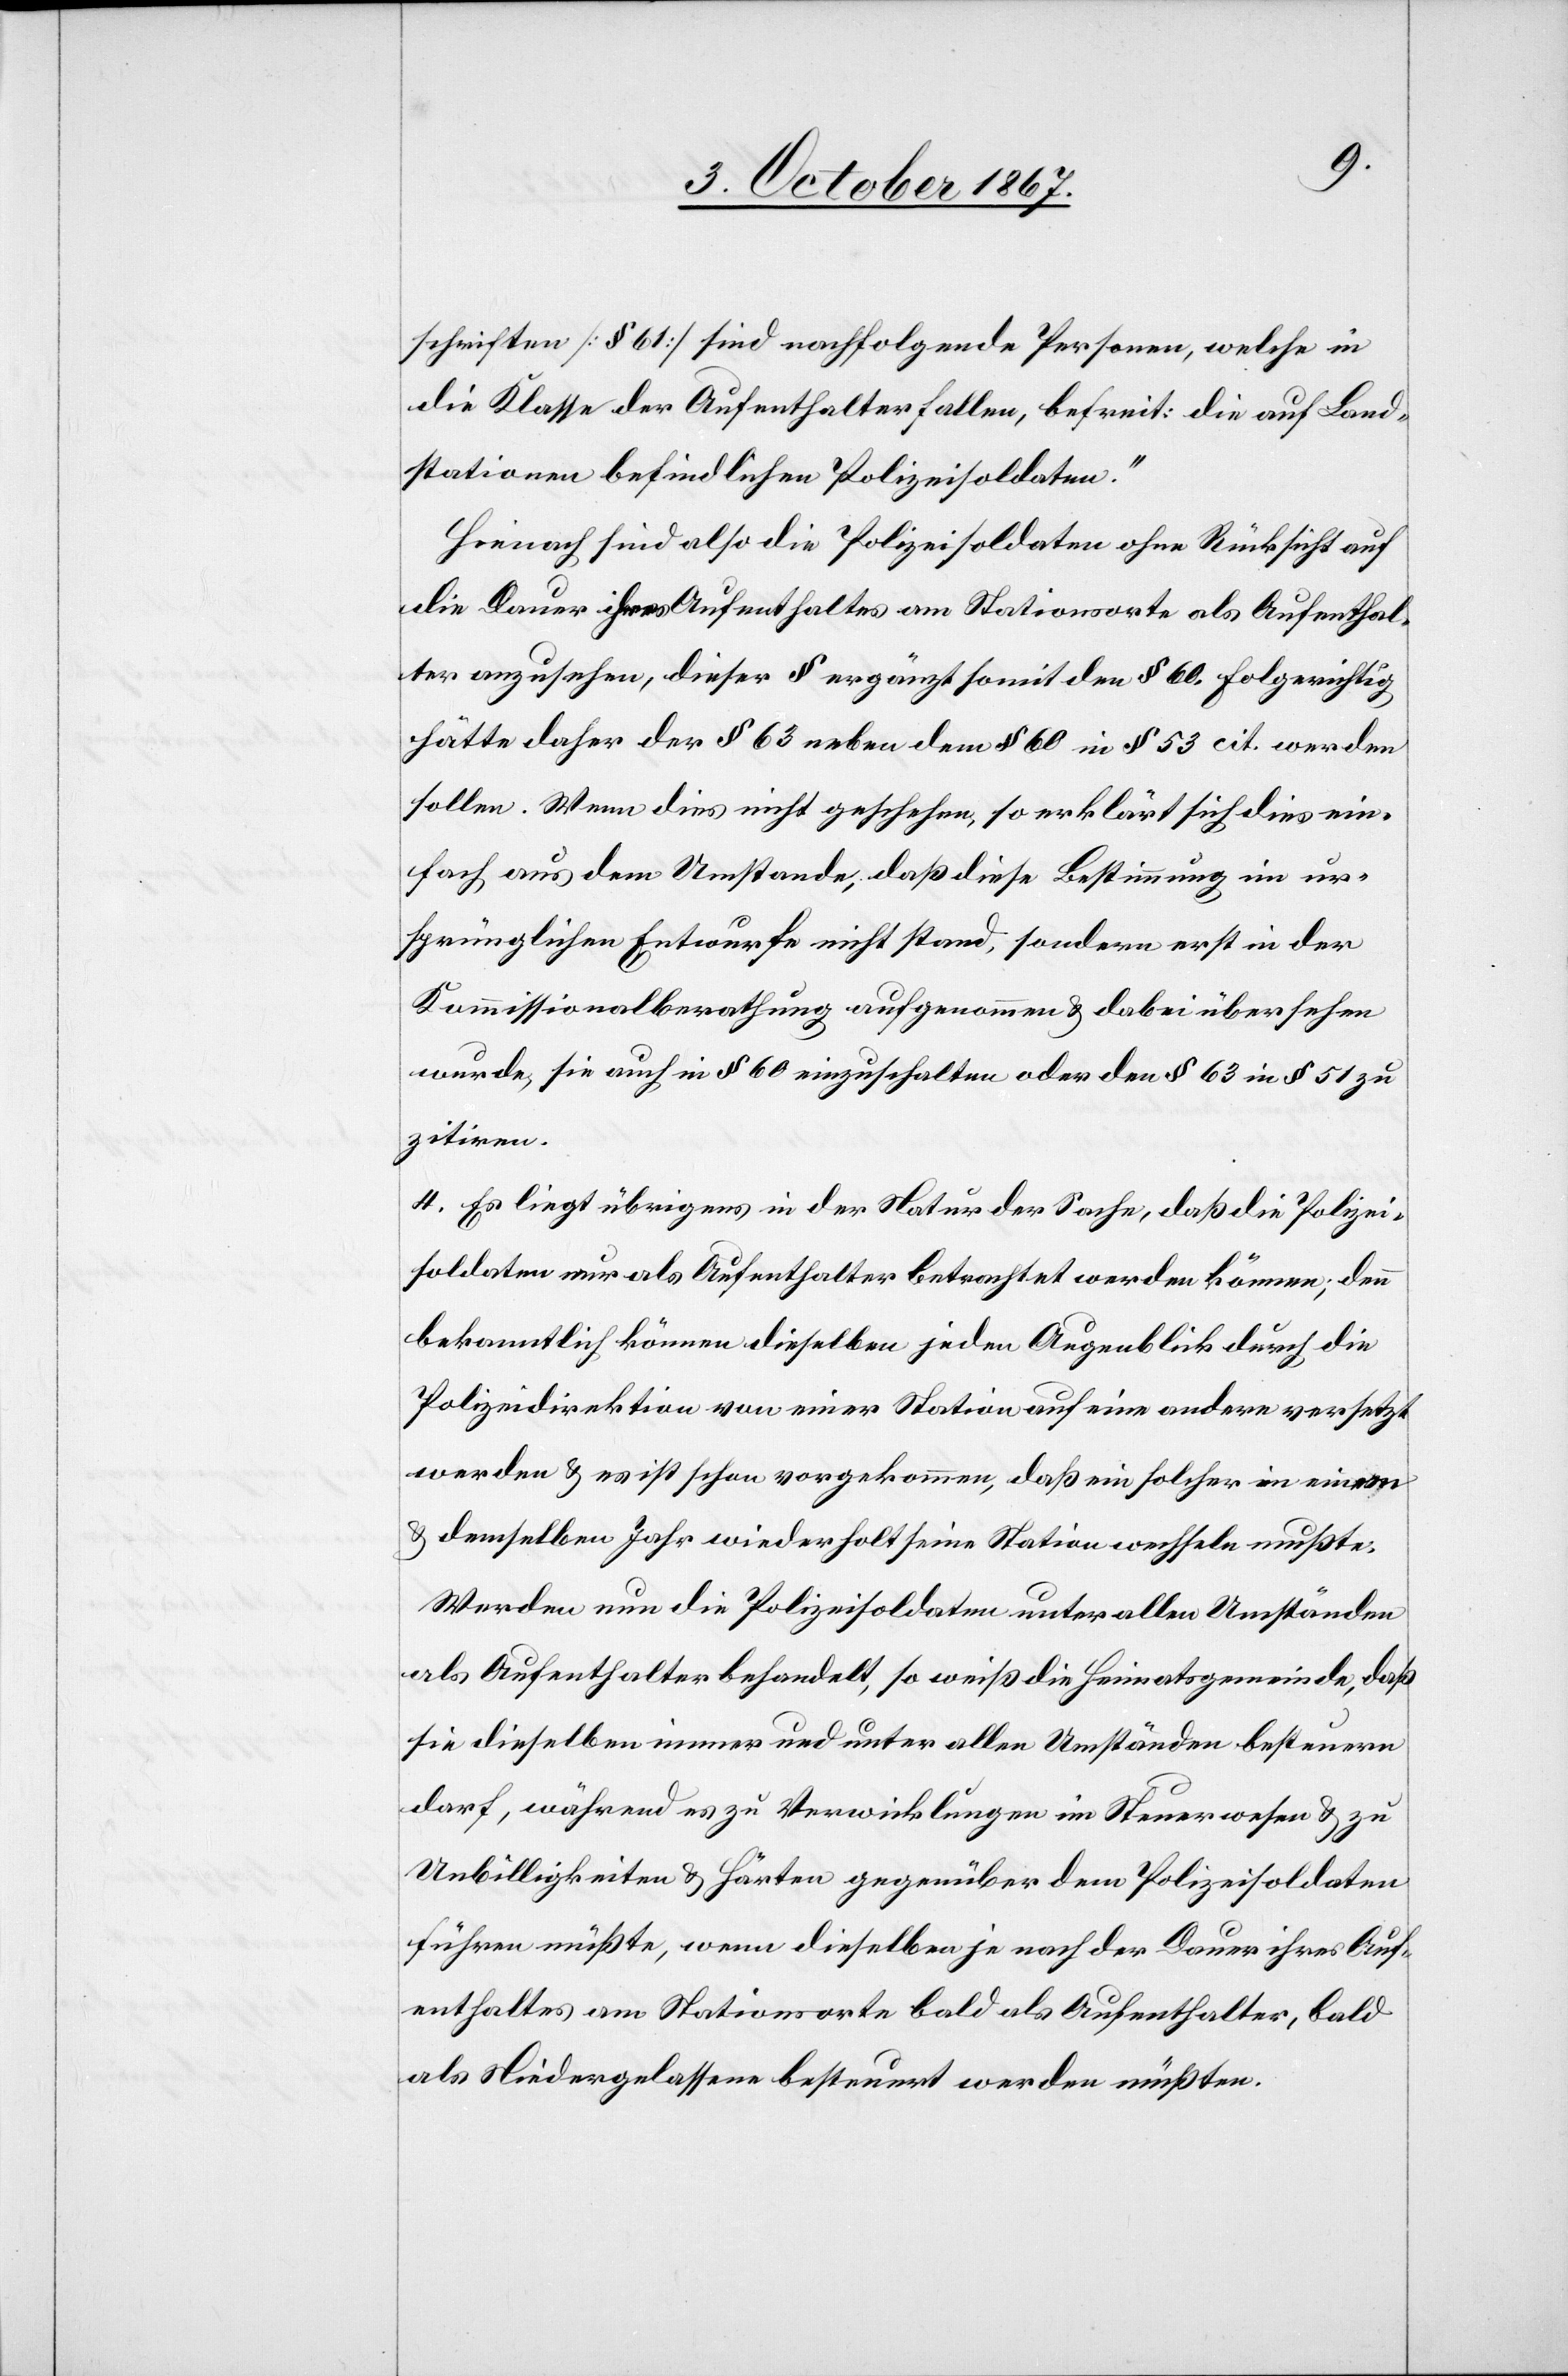
schriften [§ 61] sind nachfolgende Personen, welche in
die Klasse der Aufenthalter fallen, befreit: die auf Land¬
stationen befindlichen Polizeisoldaten.“
Hienach sind also die Polizeisoldaten ohne Rücksicht auf
die Dauer ihres Aufenthaltes am Stationsort als Aufenthal¬
ter anzusehen, dieser § ergänzt somit den § 60. Folgerichtig
hätte daher der § 63 neben dem § 60 in § 53 cit. werden
sollen. Wenn dies nicht geschehen, so erklärt sich dies ein¬
fach aus dem Umstande, daß diese Bestimmung im ur¬
sprünglichem Entwurfe nicht stand, sondern erst in der
Kommissionalberathung aufgenommen u. dabei übersehen
wurde, sie auch in § 60 einzuschalten oder den § 63 in § 51 zu
zitiren.
4. Es liegt übrigens in der Natur der Sache, daß die Polizei¬
soldaten nur als Aufenthalter betrachtet werden können; denn
bekanntlich können dieselben jeden Augenblick durch die
Polizeidirektion von einer Station auf eine andere versetzt
werden u. es ist schon vorgekommen, daß ein solcher in einem
u. demselben Jahr wiederholt seine Station wechseln mußte.
Werden nun die Polizeisoldaten unter allen Umständen
als Aufenthalter behandelt, so weiß die Heimatsgemeinde, daß
sie dieselben immer und unter allen Umständen besteuern
darf, während es zu Verwicklungen im Steuerwesen u. zu
Unbilligkeiten u. Härten gegenüber dem Polizeisoldaten
führen müßte, wenn dieselben je nach der Dauer ihres Auf¬
enthaltes am Stationsorte bald als Aufenthalter, bald
als Niedergelassene besteuert werden müßten.